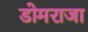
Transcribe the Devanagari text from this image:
डोमराजा